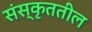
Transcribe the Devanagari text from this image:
संस्कृततील